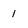
Character: 1